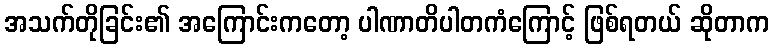
အသက်တိုခြင်း၏ အကြောင်းကတော့ ပါဏာတိပါတကံကြောင့် ဖြစ်ရတယ် ဆိုတာက